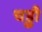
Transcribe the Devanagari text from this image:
चड्ढी